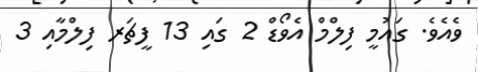
ވެއެވެ. ގައުމީ ފިލްމް އެވޯޑް 2 ގައި 13 ފީޗަރ ފިލްމާއި 3